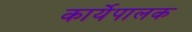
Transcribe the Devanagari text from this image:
कार्येपालक